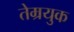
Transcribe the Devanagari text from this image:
तेम्रयुक